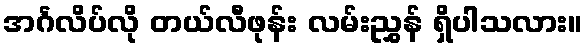
အင်္ဂလိပ်လို တယ်လီဖုန်း လမ်းညွှန် ရှိပါသလား။